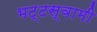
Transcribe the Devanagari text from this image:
भट्टस्वामी